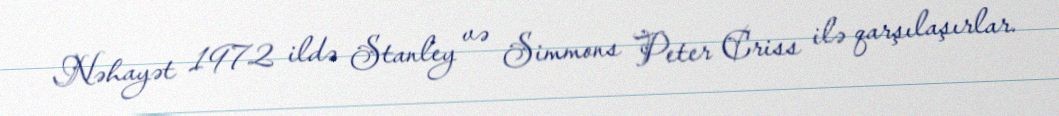
Nəhayət 1972 ildə Stanley və Simmons Peter Criss ilə qarşılaşırlar.